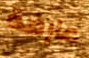
عارضة